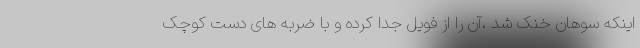
اینکه سوهان خنک شد ،آن را از فویل جدا کرده و با ضربه های دست کوچک